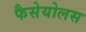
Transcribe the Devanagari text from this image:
फैसेयोलस